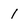
Character: 1